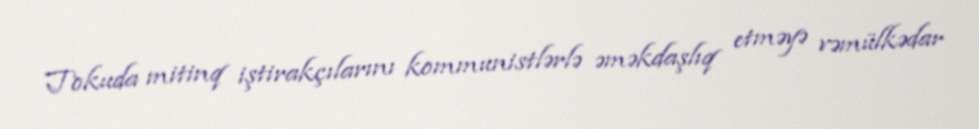
Tokuda mitinq iştirakçılarını kommunistlərlə əməkdaşlıq etməyə vəmülkədar